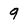
Character: 9